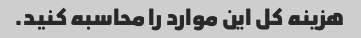
هزینه کل این موارد را محاسبه کنید.